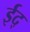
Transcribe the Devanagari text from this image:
ईद्